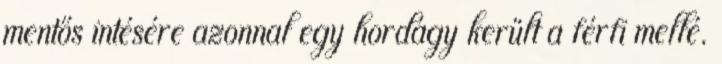
mentős intésére azonnal egy hordágy került a férfi mellé.